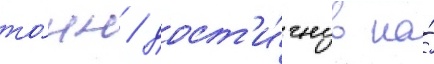
то́нн / дост'и́гнув на́